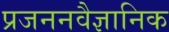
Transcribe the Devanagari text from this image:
प्रजननवैज्ञानिक